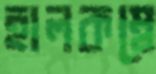
হালকম্বে